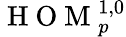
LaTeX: \mathrm{~H~O~M~}_{p}^{1,0}